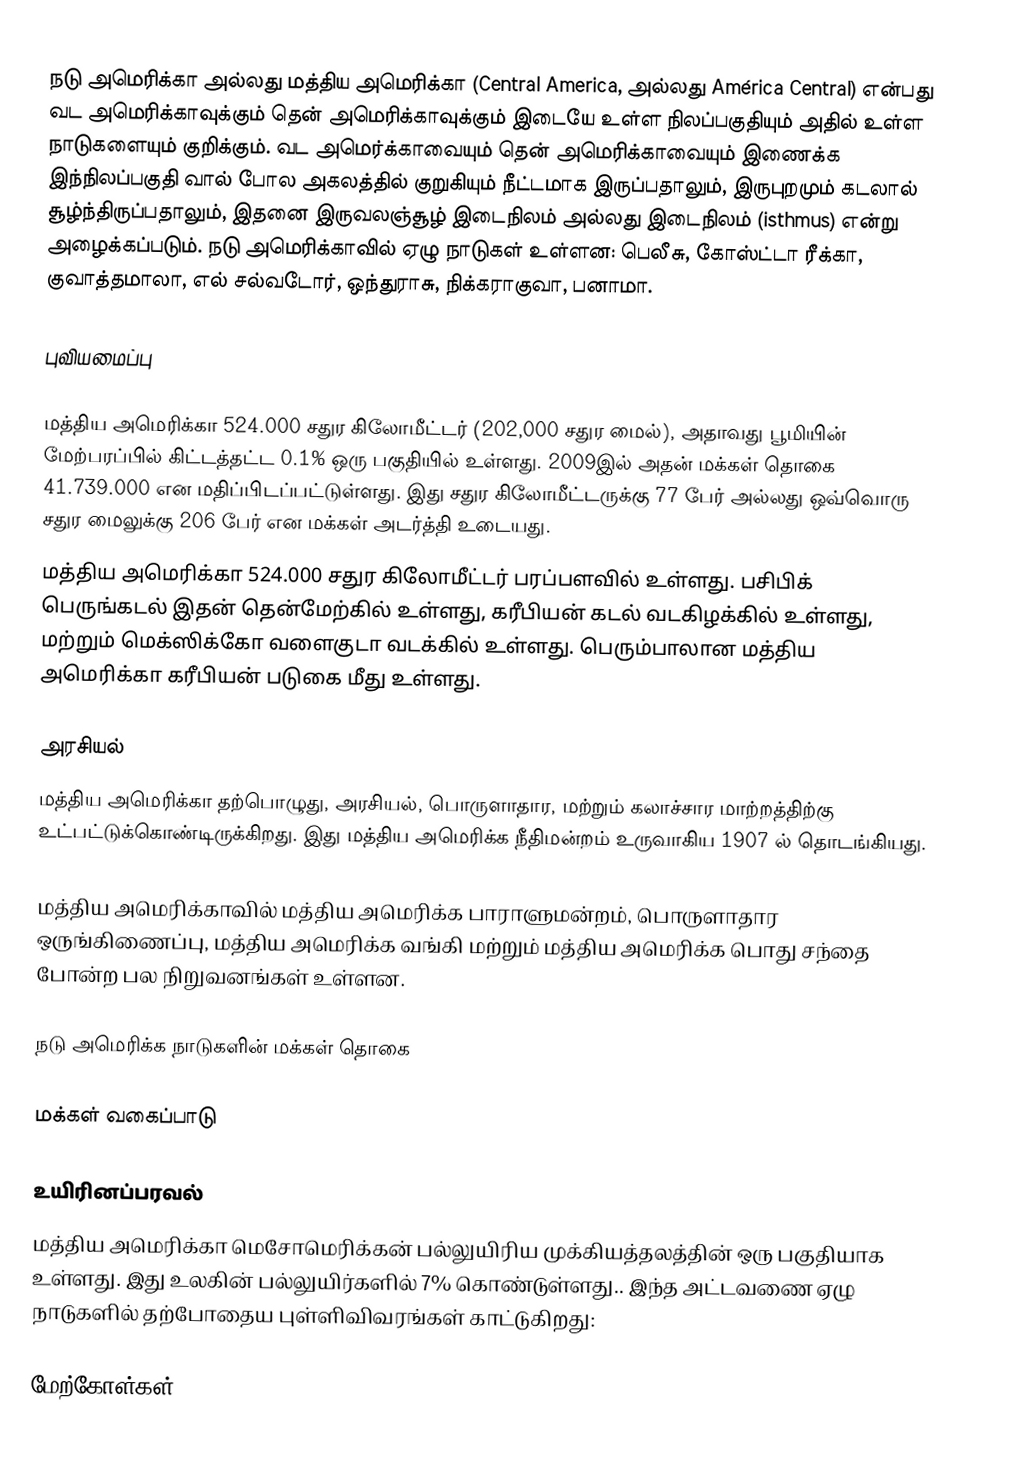
நடு அமெரிக்கா அல்லது மத்திய அமெரிக்கா (Central America,  அல்லது América Central) என்பது வட அமெரிக்காவுக்கும் தென் அமெரிக்காவுக்கும் இடையே உள்ள நிலப்பகுதியும் அதில் உள்ள நாடுகளையும் குறிக்கும். வட அமெர்க்காவையும் தென் அமெரிக்காவையும் இணைக்க இந்நிலப்பகுதி வால் போல அகலத்தில் குறுகியும் நீட்டமாக இருப்பதாலும், இருபுறமும் கடலால் சூழ்ந்திருப்பதாலும், இதனை இருவலஞ்சூழ் இடைநிலம் அல்லது இடைநிலம் (isthmus) என்று அழைக்கப்படும். நடு அமெரிக்காவில் ஏழு நாடுகள் உள்ளன: பெலீசு, கோஸ்ட்டா ரீக்கா, குவாத்தமாலா, எல் சல்வடோர், ஒந்துராசு, நிக்கராகுவா, பனாமா.

புவியமைப்பு

மத்திய அமெரிக்கா 524.000 சதுர கிலோமீட்டர் (202,000 சதுர மைல்), அதாவது பூமியின் மேற்பரப்பில் கிட்டத்தட்ட 0.1% ஒரு பகுதியில் உள்ளது. 2009இல் அதன் மக்கள் தொகை 41.739.000 என மதிப்பிடப்பட்டுள்ளது. இது சதுர கிலோமீட்டருக்கு 77 பேர் அல்லது ஒவ்வொரு சதுர மைலுக்கு 206 பேர் என மக்கள் அடர்த்தி உடையது.
மத்திய அமெரிக்கா 524.000 சதுர கிலோமீட்டர் பரப்பளவில் உள்ளது. பசிபிக் பெருங்கடல் இதன் தென்மேற்கில் உள்ளது, கரீபியன் கடல் வடகிழக்கில் உள்ளது, மற்றும் மெக்ஸிக்கோ வளைகுடா வடக்கில் உள்ளது. பெரும்பாலான மத்திய அமெரிக்கா கரீபியன் படுகை மீது உள்ளது.

அரசியல்
மத்திய அமெரிக்கா தற்பொழுது, அரசியல், பொருளாதார, மற்றும் கலாச்சார மாற்றத்திற்கு உட்பட்டுக்கொண்டிருக்கிறது. இது மத்திய அமெரிக்க நீதிமன்றம் உருவாகிய 1907 ல் தொடங்கியது.

மத்திய அமெரிக்காவில் மத்திய அமெரிக்க பாராளுமன்றம், பொருளாதார ஒருங்கிணைப்பு, மத்திய அமெரிக்க வங்கி மற்றும் மத்திய அமெரிக்க பொது சந்தை போன்ற பல நிறுவனங்கள் உள்ளன.

நடு அமெரிக்க நாடுகளின் மக்கள் தொகை

மக்கள் வகைப்பாடு

உயிரினப்பரவல்
மத்திய அமெரிக்கா மெசோமெரிக்கன் பல்லுயிரிய முக்கியத்தலத்தின் ஒரு பகுதியாக உள்ளது. இது உலகின் பல்லுயிர்களில் 7% கொண்டுள்ளது..  இந்த அட்டவணை ஏழு நாடுகளில் தற்போதைய புள்ளிவிவரங்கள் காட்டுகிறது:

மேற்கோள்கள்